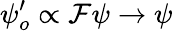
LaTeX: \psi_{o}^{\prime}\propto\mathcal{F}\psi\rightarrow\psi